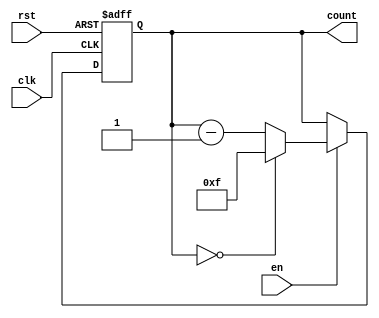
module binary_down_counter #(
    parameter WIDTH = 4 // Define the width of the counter (e.g., 4 bits)
)(
    input wire clk,       // Clock signal
    input wire rst,       // Asynchronous reset (active high)
    input wire en,        // Enable signal
    output reg [WIDTH-1:0] count // Current count value
);

    // Define the maximum count value based on the width
    localparam MAX_COUNT = (1 << WIDTH) - 1; // 2^WIDTH - 1

    // Asynchronous reset and synchronous counting
    always @(posedge clk or posedge rst) begin
        if (rst) begin
            count <= MAX_COUNT; // Reset to maximum value
        end else if (en) begin
            if (count == 0) begin
                count <= MAX_COUNT; // Roll over to maximum value
            end else begin
                count <= count - 1; // Decrement the counter
            end
        end
    end

endmodule